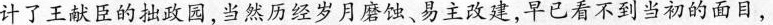
计了王献臣的拙政园,当然历经岁月磨蚀、易主改建,早已看不到当初的面目，